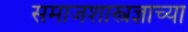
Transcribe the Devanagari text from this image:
समाजशास्त्रज्ञाच्या